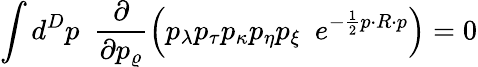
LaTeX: \int d^{D}p\, \, \, \frac{\partial}{\partial p_{\varrho}}\left(p_{\lambda}p_{\tau}p_{\kappa}p_{\eta}p_{\xi}\, \, \, e^{-\frac{1}{2}p\cdot R\cdot p}\right)=0